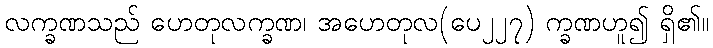
လက္ခဏသည် ဟေတုလက္ခဏ၊ အဟေတုလ(ပေ၂၂၇) က္ခဏဟူ၍ ရှိ၏။